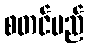
စတင်မည်